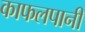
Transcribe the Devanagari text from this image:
काफलपानी